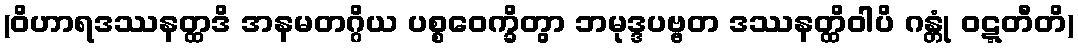
(ဝိဟာရဒဿနတ္ထဒိ အနမတဂ္ဂိယ ပစ္စဝေက္ခိတွာ ဘမုဒ္ဒပဗ္ဗတ ဒဿနတ္ထိဝါပိ ဂန္တုံ ဝဋ္ဋတီတိ)